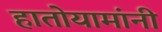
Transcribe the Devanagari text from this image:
हातोयामांनी